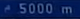
5000 m